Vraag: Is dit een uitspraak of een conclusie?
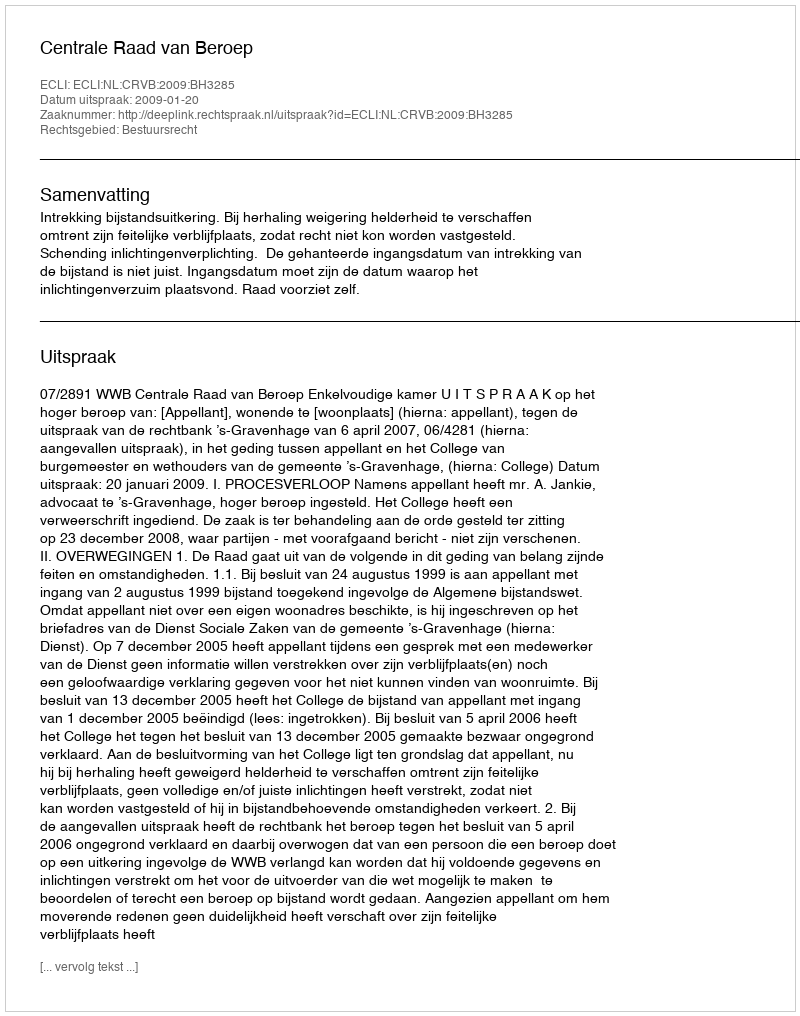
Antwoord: Uitspraak